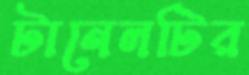
টানেলটির